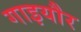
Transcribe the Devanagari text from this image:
गाइयौर